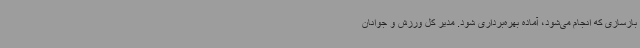
بازسازی که انجام می‌شود، آماده بهره‌برداری شود. مدیر کل ورزش و جوانان